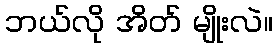
ဘယ်လို အိတ် မျိုးလဲ။